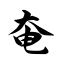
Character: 奄